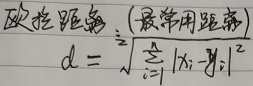
欧氏距离（最常用距离）
\[
d = \sqrt{\sum_{i = 1}^{n} |x_{i} - y_{i}|^{2}}
\]